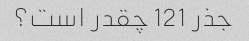
جذر 121 چقدر است؟